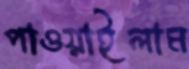
পাওয়াইলাম